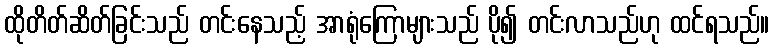
ထိုတိတ်ဆိတ်ခြင်းသည် တင်းနေသည့် အာရုံကြောများသည် ပို၍ တင်းလာသည်ဟု ထင်ရသည်။